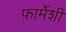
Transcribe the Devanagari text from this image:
फ़ार्मेशी